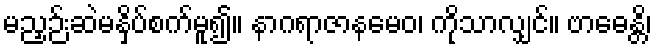
မညှဉ်းဆဲမနှိပ်စက်မူ၍။ နာဂရာဇာနမေဝ၊ ကိုသာလျှင်။ ဗာဓေန္တိ၊